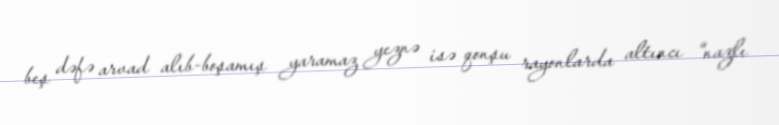
beş dəfə arvad alıb-boşamış yaramaz yeznə isə qonşu rayonlarda altıncı “nazlı